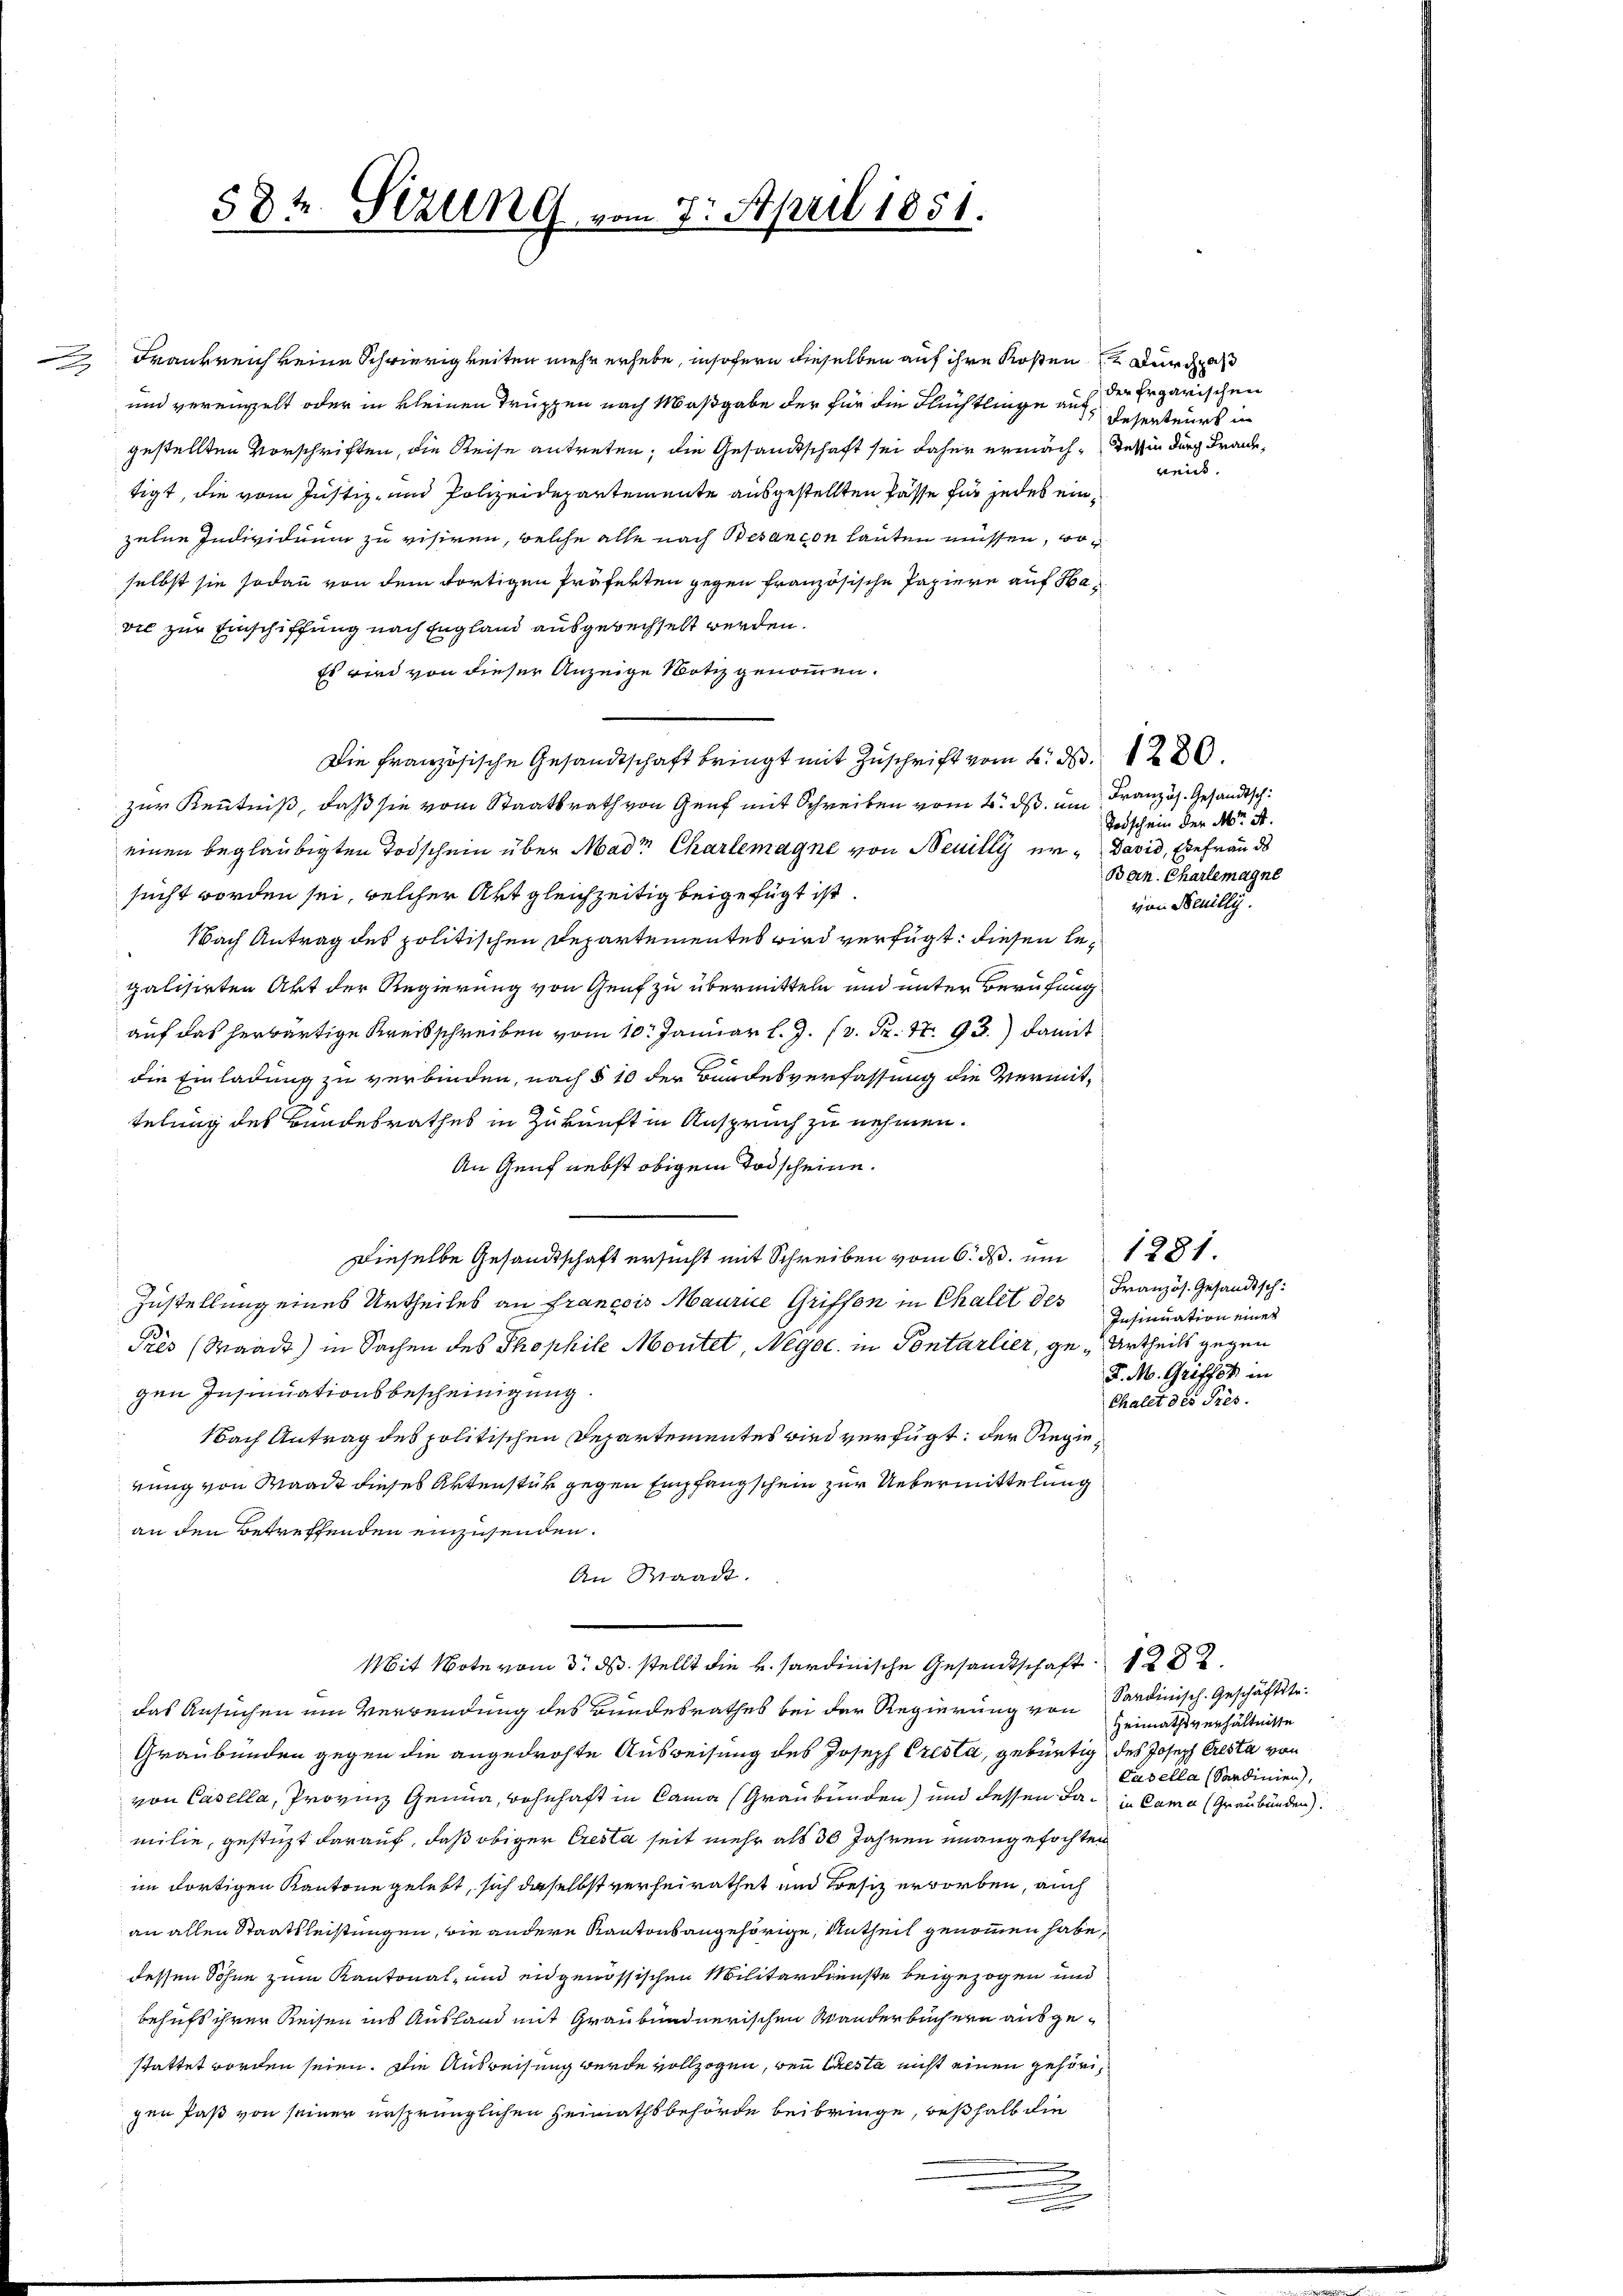
584. Sizung vom 7. April 1851.

Frankreich keine Schwierigkeiten mehr erhebe, insofern dieselben auf ihre Kosten  durch das
und vereinzelt oder in kleinen Truppen nach Maßgabe der für die Flüchtlinge auch
gestellten Vorschriften, die Reise antreten, die Gesandtschaft sei daher ermäch¬ Tessin durch Frane,
tigt, die vom Justiz- und Polizeidepartemente ausgestellten Pässe für jedes einzelne Individuum zu visiren, welche alle nach Besancon lauten müssen, woselbst sie sodann von dem dortigen Präferten gegen französische Papiere auf Havie zur Einschiffung nach England ausgerechselt werden.
Es wird von dieser Anzeige Notiz genommen.
Die Französische Gesandtschaft bringt mit Zuschrift vom 6. d. 220.
zur Kenntniß, daß sie vom Staatsrath von Genf mit Schreiben vom 2. ds. um Französ. Gesandtscheinen beglaubigten Todschein über Madr Charlemagne von Neuilly er David, Ehefrau de
sucht worden sei, welcher Art gleichzeitig beigefügt ist.
Nach Antrag des politischen Departementes wird verfügt: diesen legalisirten Akt der Regierung von Genf zu übermitteln und unter Berufung
auf das herwärtige Kreisschreiben vom 10. Januar l. J. (v. P. Nr. 93.) damit
die Einladung zu verbinden, nach § 10 der Bundesverfassung die Vermittelung des Bundesrathes in Zukunft in Anspruch zu nehmen.
An Genf nebst obigem Todscheine.
Dieselbe Gesandtschaft ersucht mit Schreiben vom 6. ds. um 1281
Zustellung eines Urtheiles an Francois Maurice Griffen in Challt des Französ. Gesandtsch
Près (Waadt) in Sachen des Thophile Moritet, Negec. in Pontarlier, ge- Urtheils gegen
gen Insinuationsbescheinigung
Nach Antrag des politischen Departementes wird verfügt: der Regienung von Waadt dieses Aktenstük gegen Empfang schein zur Uebermittelung
an den Betreffenden einzusenden.
An Waadt.
Mit Note vom 3. ds. stellt die v. Sardinische Gesandtschaft 1 202.
das Ansuchen um Verwendung des Bundesrathes bei der Regierung von Sardinisch-Geschäftstr¬
Graubünden gegen die angedrohte Ausweisung des Joseph Cresla, gebürtig des Joseph Cresta von
von Casella, Provinz Genua, wohnhaft in Cama (Graubünden) und dessen da in Cama (Graubünden.
milie, gestüzt darauf, daß obiger Cresta seit mehr als 30 Jahren unangefochten
im dortigen Kantone gelebt, sich daselbst verheirathet und Besiz erworben, auch
an allen Staatsleistungen, die andere Kantonsangehörige, Antheil genommen habe,
dessen Söhne zum Kantonal- und ein gewössischen Militärdienste beigezogen und
behufs ihrer Reisen ins Ausland mit Graubündnerischen Wanderbüchern ausgestattet worden seien. Die Ausweisung werde vollzogen, bei Cresta nicht einen gehörigen faß von seiner ursprünglichen Heimathsbehörde beibringe, deßhalb die

2

der Ergarischen
Resenteurs i
rein.

Todschein der Mor. A.
Ban. Charlemagne
von Senilli

Insinuation einer
F. M. Griffes in
Chalet des Pres.

Heimathsverhältnisse
Casella (Sardinien),